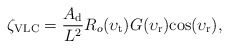
\begin{align*}\zeta_\mathrm{VLC}=\frac{A_{\rm d}}{L^2} R_o(\upsilon_{\rm t}) G(\upsilon_{\rm r}) \mathrm{cos}(\upsilon_{\rm r}),\end{align*}